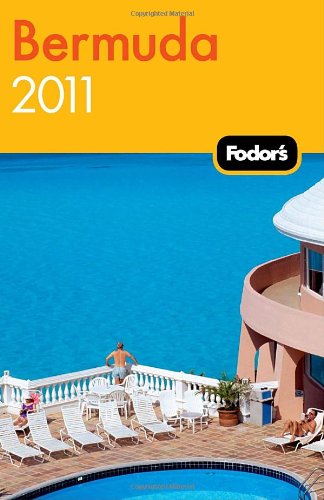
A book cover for Fodor's Bermuda 2011 (Travel Guide); Fodor's; Travel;